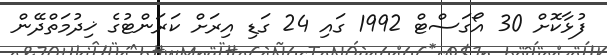
ފުޅާކޮށް 30 އޯގަސްޓް 1992 ގައި 24 ގަޑި އިރަށް ކަރަންޓުގެ ޚިދުމަތްދޭން